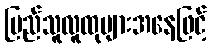
ပြည်သူလူထုများအနေဖြင့်